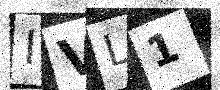
Text: IVL1